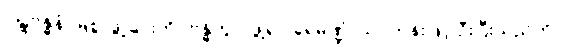
ဂါဠှဗန္ဓနံ၊ မြဲစွာဖွဲ့ခြင်းကို။ ဗန္ဓိတွာ၊ ဖွဲ့၍။ ခုရမုဏ္ဍံ၊ သင်တုန်းဖြင့် ဦးပြီးသည်ကို။